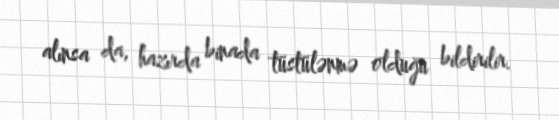
alınsa da, hazırda binada tüstülənmə olduğu bildirilir.